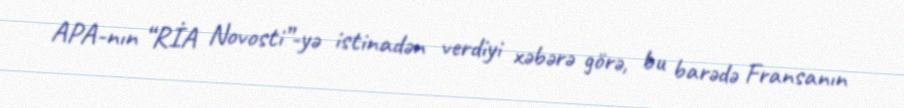
APA-nın “RİA Novosti”-yə istinadən verdiyi xəbərə görə, bu barədə Fransanın